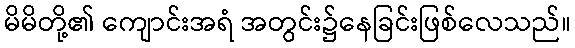
မိမိတို့၏ ကျောင်းအရံ အတွင်း၌နေခြင်းဖြစ်လေသည်။